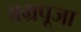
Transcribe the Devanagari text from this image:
अग्रपूजा